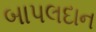
બાપલદાન